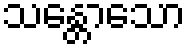
သန္တောသော